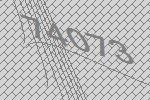
74073